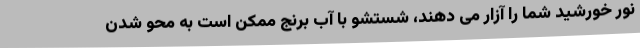
نور خورشید شما را آزار می دهند، شستشو با آب برنج ممکن است به محو شدن